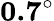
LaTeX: \mathbf{0.7^{\circ}}